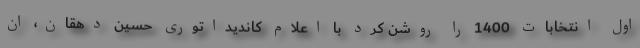
اول انتخابات 1400 را روشن کرد با اعلام کاندیداتوری حسین دهقان، ان